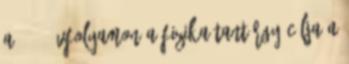
a 7 8. évfolyamon a fizika tantárgy célja a